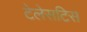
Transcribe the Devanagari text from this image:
टेलेसटिस